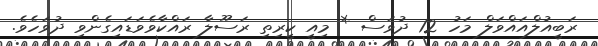
ރަބީއުލްއައްވަލް މަހު 12 ދުވަސް * މިއީ ކީރިތި ރަސޫލާ ރައްކާވެވަޑައިގެންވި ދުވަހެވެ.